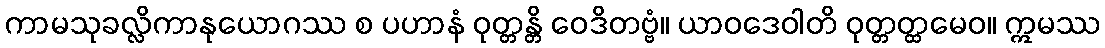
ကာမသုခလ္လိကာနုယောဂဿ စ ပဟာနံ ဝုတ္တန္တိ ဝေဒိတဗ္ဗံ။ ယာဝဒေဝါတိ ဝုတ္တတ္ထမေဝ။ ဣမဿ